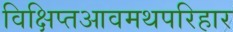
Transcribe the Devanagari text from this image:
विक्षिप्तआवमथपरिहार